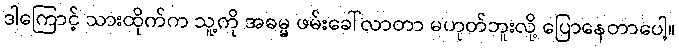
ဒါကြောင့် သားထိုက်က သူ့ကို အဓမ္မ ဖမ်းခေါ်လာတာ မဟုတ်ဘူးလို့ ပြောနေတာပေါ့။